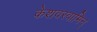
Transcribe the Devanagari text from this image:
केशवस्वामिन्